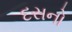
દસનો